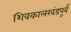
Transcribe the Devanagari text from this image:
शिवकालखंडपूर्व